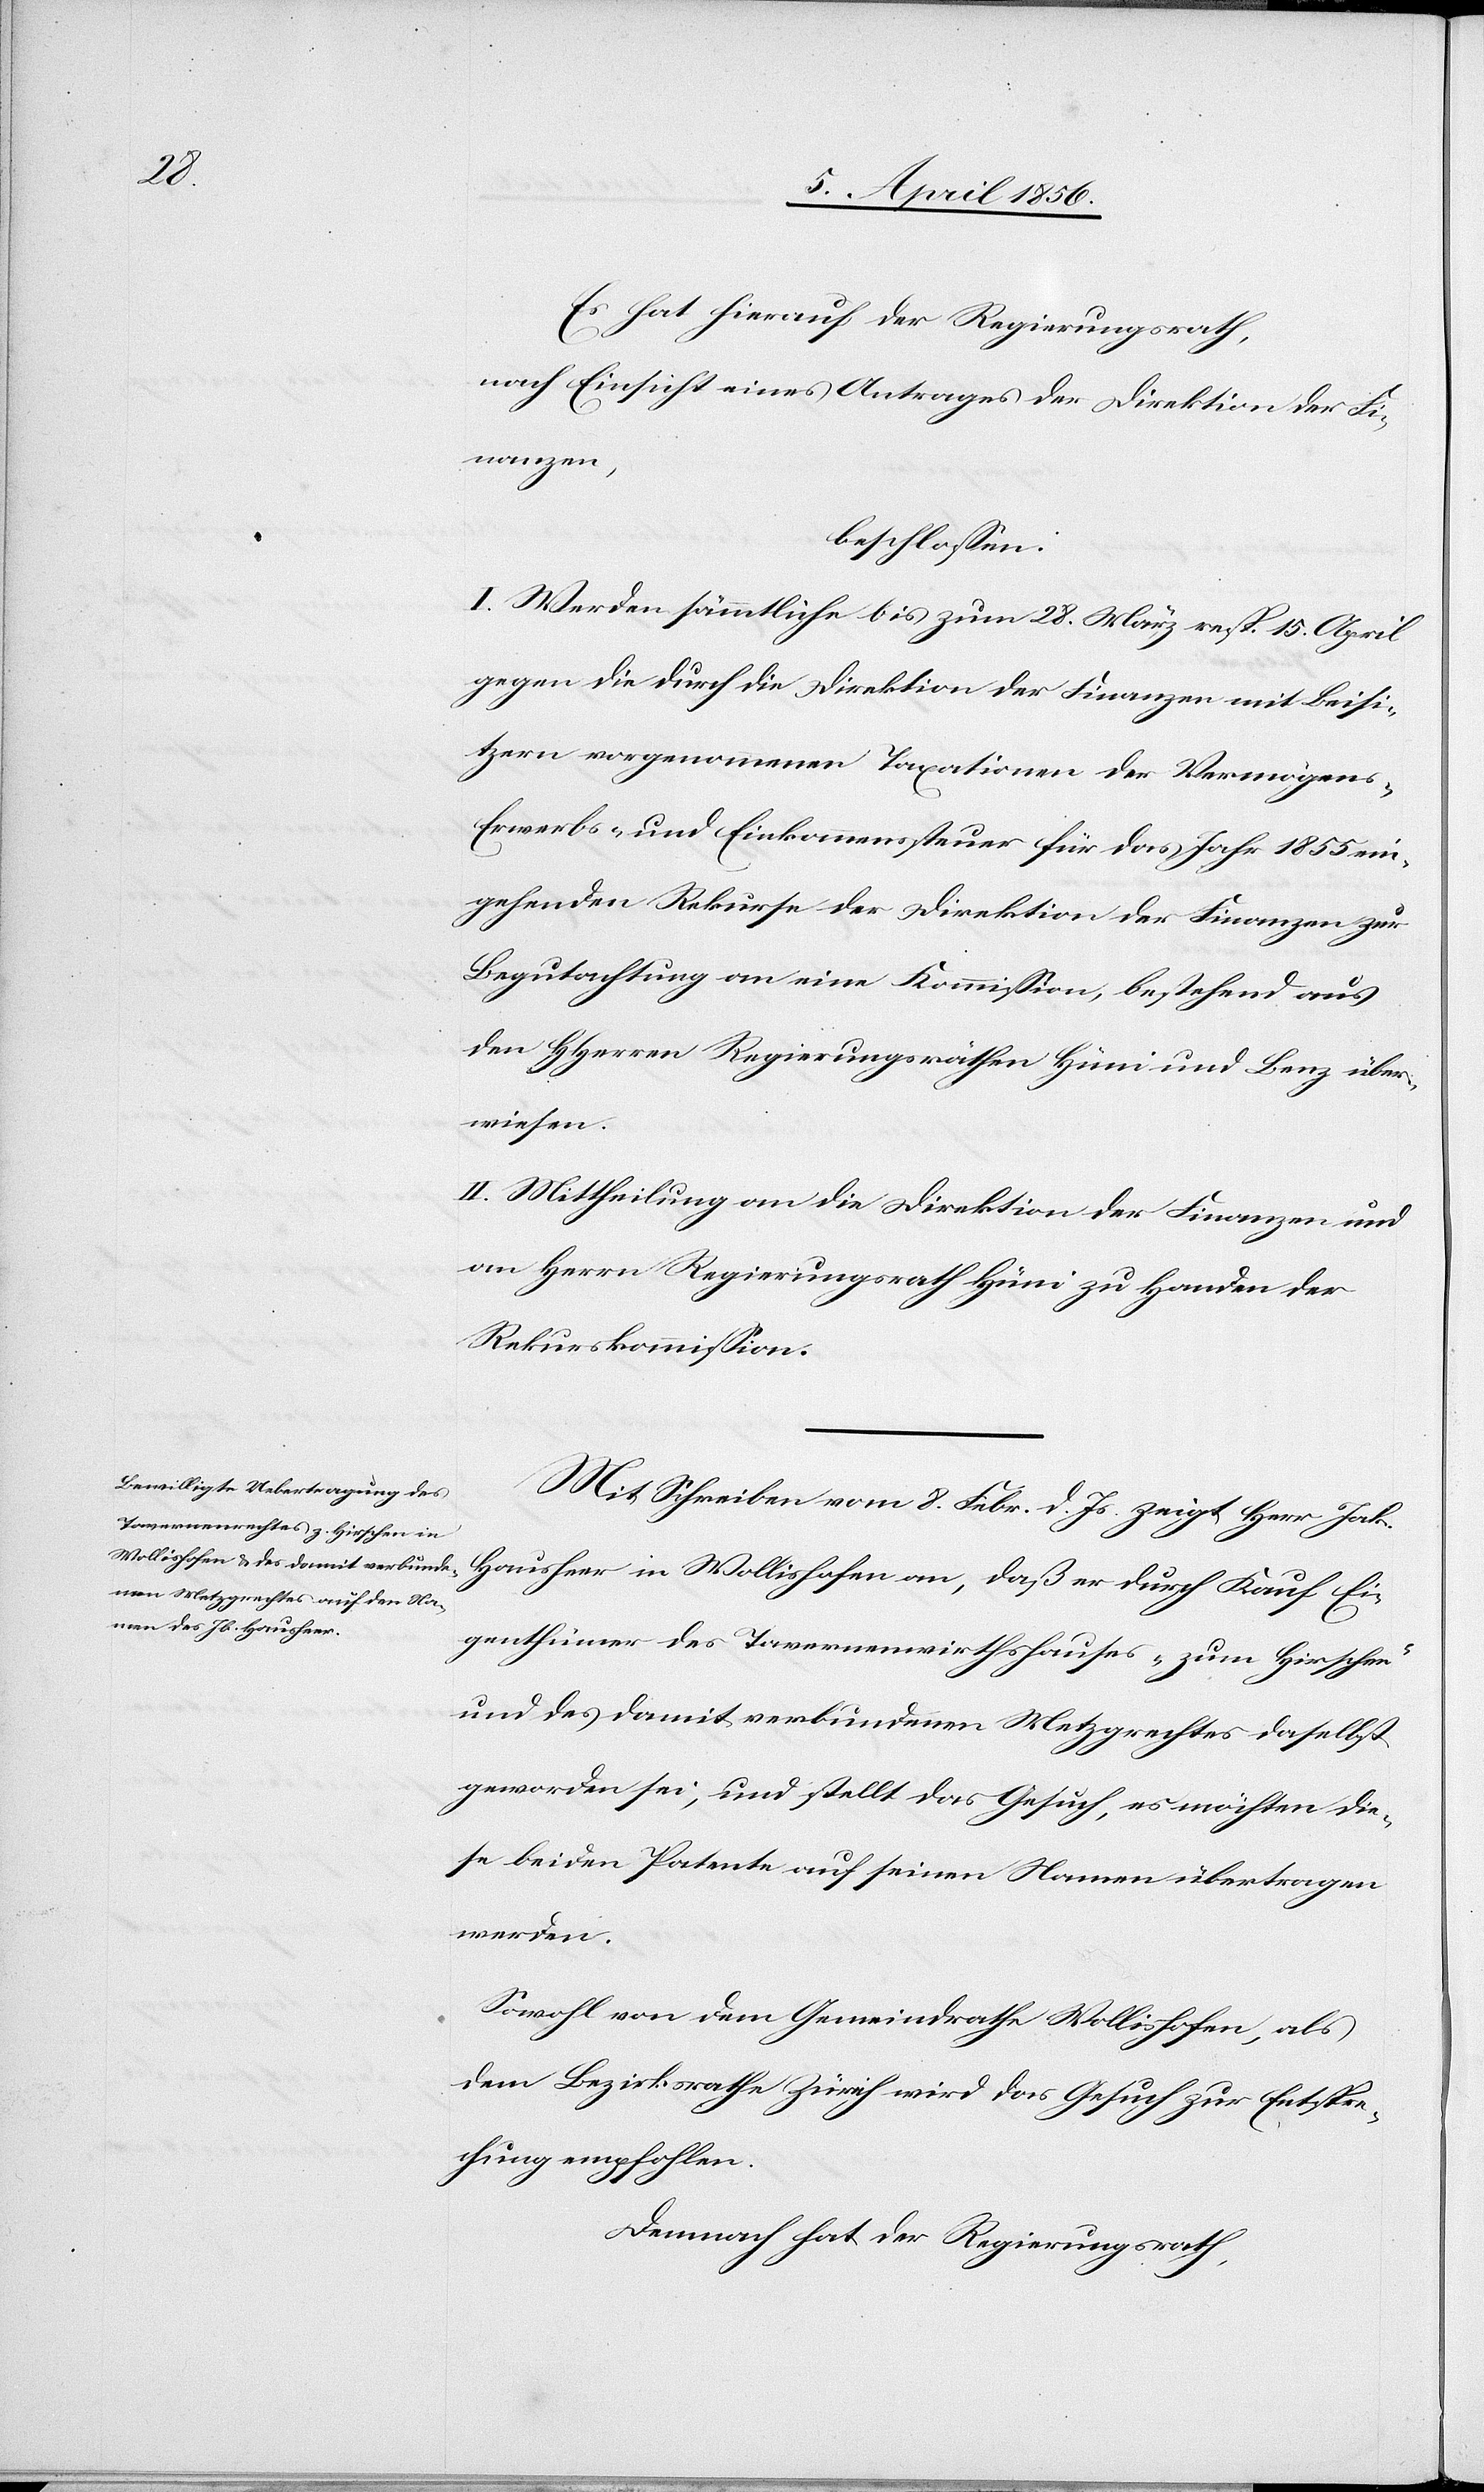
der

nach Einsicht eines Antrages der Direktion der Fi¬
nanzen,
beschlossen:
I. Werden sämmtliche bis zum 28. März resp. 15. April
gegen die durch die Direktion der Finanzen mit Beisi¬
tzern vorgenommenen Taxationen der Vermögens-[,]
Erwerbs- und Einkommenssteuer für das Jahr 1855 ein¬
gehenden Rekurse der Direktion der Finanzen zur
Begutachtung an eine Kommission, bestehend aus
den HHerren Regierungsräthen Hüni und Benz über¬
wiesen.
II. Mittheilung an die Direktion der Finanzen und
an Herrn Regierungsrath Hüni zu Handen der
Rekurskommission.
Mit Schreiben vom 8. Febr. d. Js. zeigt Herr Jak.
Hausheer in Wollishofen an, daß er durch Kauf Ei¬
genthümer des Tavernenwirthshauses „zum Hirschen“
und des damit verbundenen Metzgrechtes daselbst
geworden sei, und stellt das Gesuch, es möchten die¬
se beiden Patente auf seinen Namen übertragen
werden.
Sowohl von dem Gemeindrathe Wollishofen, als
dem Bezirksrathe Zürich wird das Gesuch zur Entspre¬
chung empfohlen.
Demnach hat der Regierungsrath,